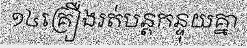
១៤គ្រឿងរត់បន្តកន្ទុយគ្នា